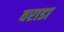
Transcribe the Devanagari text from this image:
वराडा